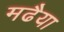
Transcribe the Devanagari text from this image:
मढैया